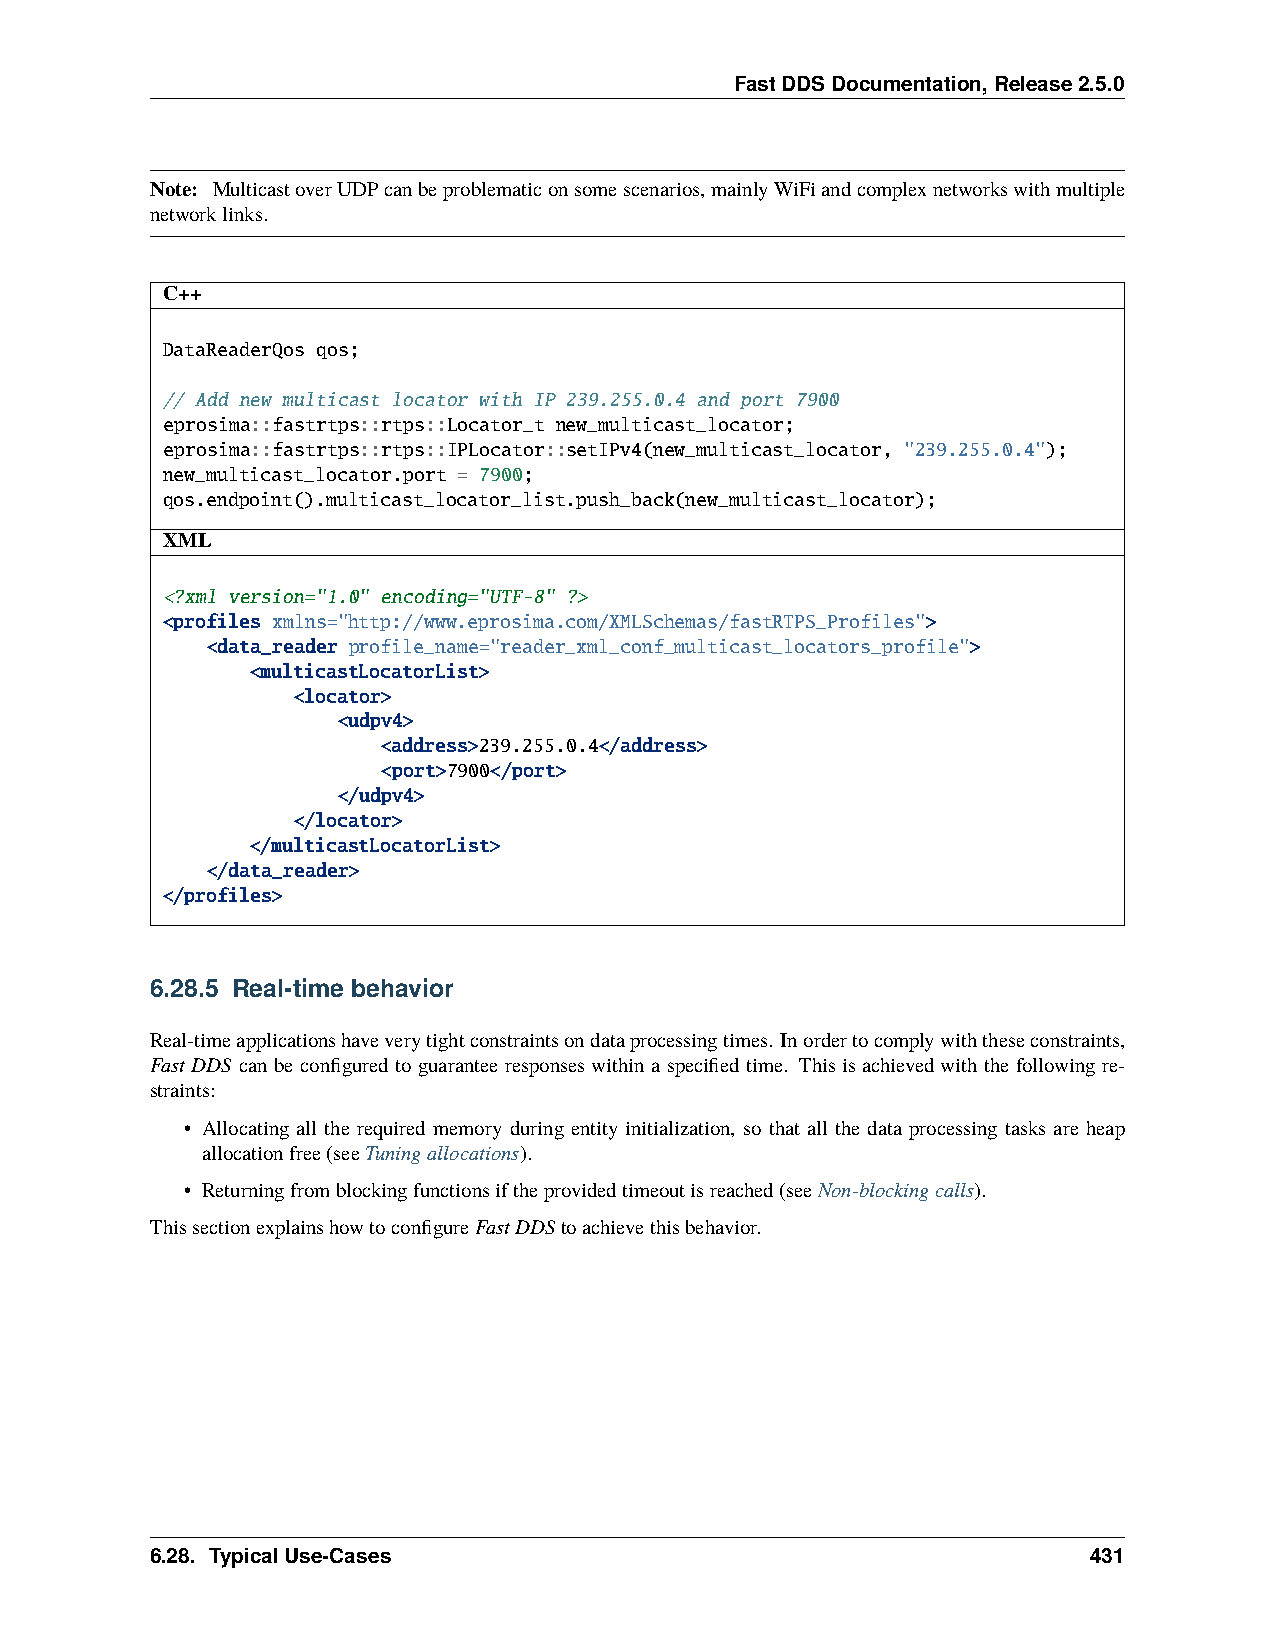
FastDDSDocumentation,Release2.5.0
 Note: MulticastoverUDPcanbeproblematiconsomescenarios,mainlyWiFiandcomplexnetworkswithmultiple
 networklinks.
 C++
 DataReaderQos qos;
 // Add new multicast locator with IP 239.255.0.4 and port 7900
 eprosima::fastrtps::rtps::Locator_t new_multicast_locator;
 eprosima::fastrtps::rtps::IPLocator::setIPv4(new_multicast_locator, "239.255.0.4");
 new_multicast_locator.port = 7900;
 qos.endpoint().multicast_locator_list.push_back(new_multicast_locator);
 XML
 <?xml version="1.0" encoding="UTF-8" ?>
 <profiles xmlns="http://www.eprosima.com/XMLSchemas/fastRTPS_Profiles">
 <data_reader profile_name="reader_xml_conf_multicast_locators_profile">
 <multicastLocatorList>
 <locator>
 <udpv4>
 <address>239.255.0.4</address>
 <port>7900</port>
 </udpv4>
 </locator>
 </multicastLocatorList>
 </data_reader>
 </profiles>
 6.28.5 Real-time behavior
 Real-timeapplicationshaveverytightconstraintsondataprocessingtimes. Inordertocomplywiththeseconstraints,
 Fast DDS can be configured to guarantee responses within a specified time. This is achieved with the following re-
 straints:
 • Allocating all the required memory during entity initialization, so that all the data processing tasks are heap
 allocationfree(seeTuningallocations).
 • Returningfromblockingfunctionsiftheprovidedtimeoutisreached(seeNon-blockingcalls).
 ThissectionexplainshowtoconfigureFastDDStoachievethisbehavior.
 6.28. TypicalUse-Cases                                        431